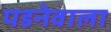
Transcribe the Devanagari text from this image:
पडनेवाला